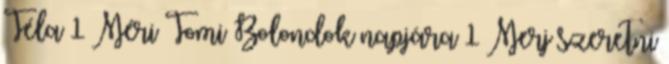
Téla 1 Méri Tomi Bolondok napjára 1 Merj szeretni